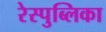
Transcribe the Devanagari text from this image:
रेस्पुब्लिका